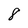
Character: 8